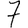
Digit: 7